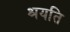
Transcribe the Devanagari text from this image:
श्रयति